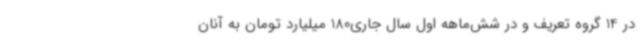
در 14 گروه تعریف و در شش‌ماهه اول سال جاری180 میلیارد تومان به آنان